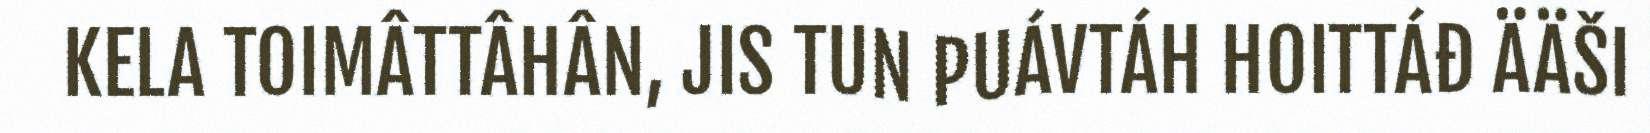
KELA TOIMÂTTÂHÂN, JIS TUN PUÁVTÁH HOITTÁĐ ÄÄŠI